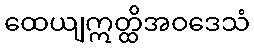
ထေယျဣတ္ထိအဝဒေသံ